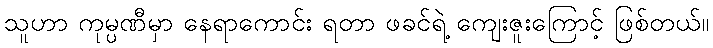
သူဟာ ကုမ္ပဏီမှာ နေရာကောင်း ရတာ ဖခင်ရဲ့ ကျေးဇူးကြောင့် ဖြစ်တယ်။